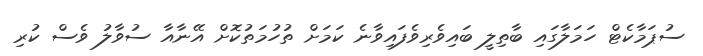
ސުޕަމާކެޓް ހަމަލާގައި ބާތިލީ ބައިވެރިވެފައިވާނެ ކަމަށް ތުހުމަތުކޮށް އޭނާއާ ސުވާލު ވެސް ކުރި